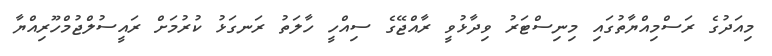
މިއަދުގެ ރަސްމިއްޔާތުގައި މިނިސްޓަރު ވިދާޅުވީ ރާއްޖޭގެ ސިއްހީ ހާލަތު ރަނގަޅު ކުރުމަށް ރައީސުލްޖުމްހޫރިއްޔާ